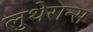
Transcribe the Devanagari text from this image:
लुथेरान्स